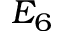
E _ { 6 }